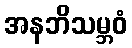
အနဘိသမ္ဘဝံ